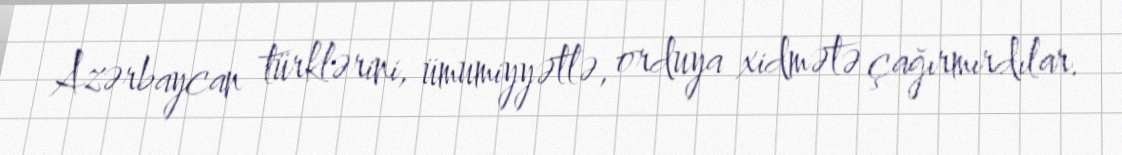
Azərbaycan türklərini, ümumiyyətlə, orduya xidmətə çağırmırdılar.